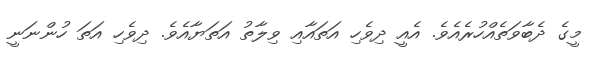
މީގެ ދެބާވަތެއްހުރެއެވެ. އެއީ ދިވެހި އަތައާއި ވިލާތު އަތަޔާއެވެ. ދިވެހި އަތަ ހުންނަނީ